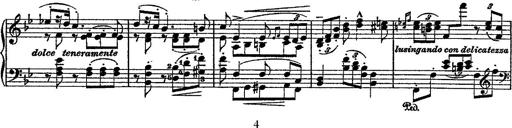
Title: Fantaisie romantique sur deux mÃ©lodies suisses
Composer: Franz Liszt